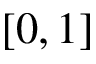
[ 0 , 1 ]